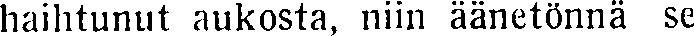
haihtunut aukosta, niin äänetönnä se